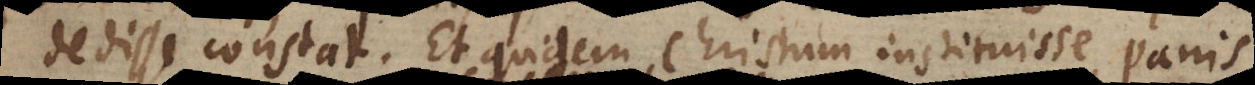
dedisse constat. Et quidem Christum instituisse, panis